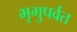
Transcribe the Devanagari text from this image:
भृगुपर्वत